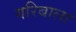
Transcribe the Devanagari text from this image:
गरिबाला